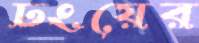
ঢংয়ের